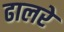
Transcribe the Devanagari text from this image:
ढालरे